Civil Veterinary Department Bihar reports 1936-40 - 1936-1940
Year: 1936
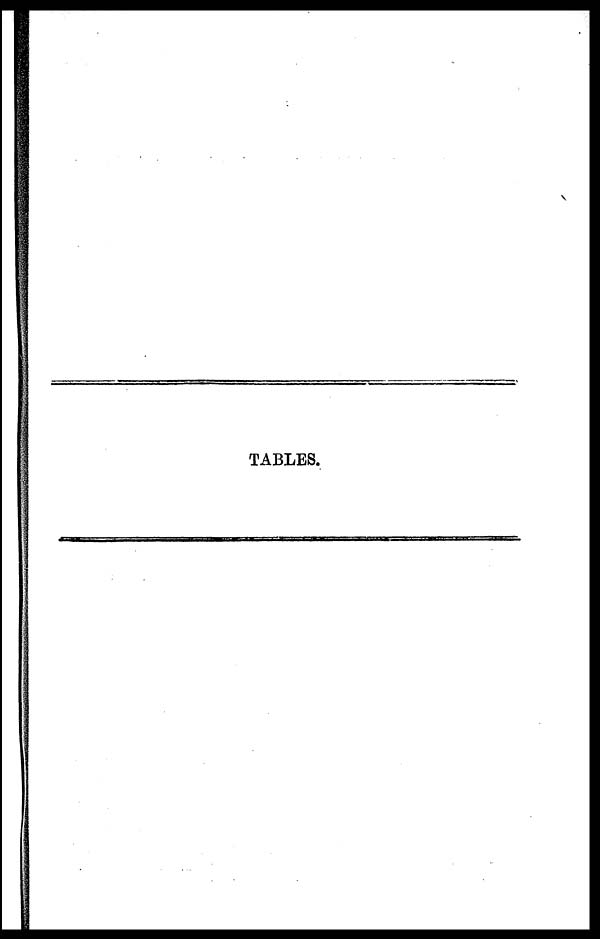
TABLES.